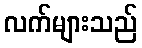
လက်များသည်